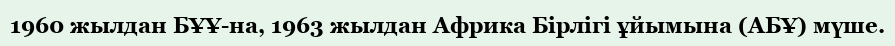
1960 жылдан БҰҰ-на, 1963 жылдан Африка Бірлігі ұйымына (АБҰ) мүше.